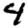
Digit: 4